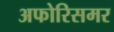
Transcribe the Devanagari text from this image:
अफोरिसमर